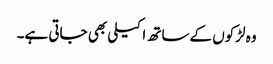
وہ لڑکوں کےساتھ اکیلی بھی جاتی ہے۔